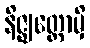
နိဇ္ဈတ္တောမှိ